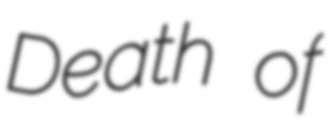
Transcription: Death of